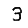
Digit: 3